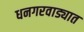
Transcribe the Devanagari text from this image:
धनगरवाड्यात